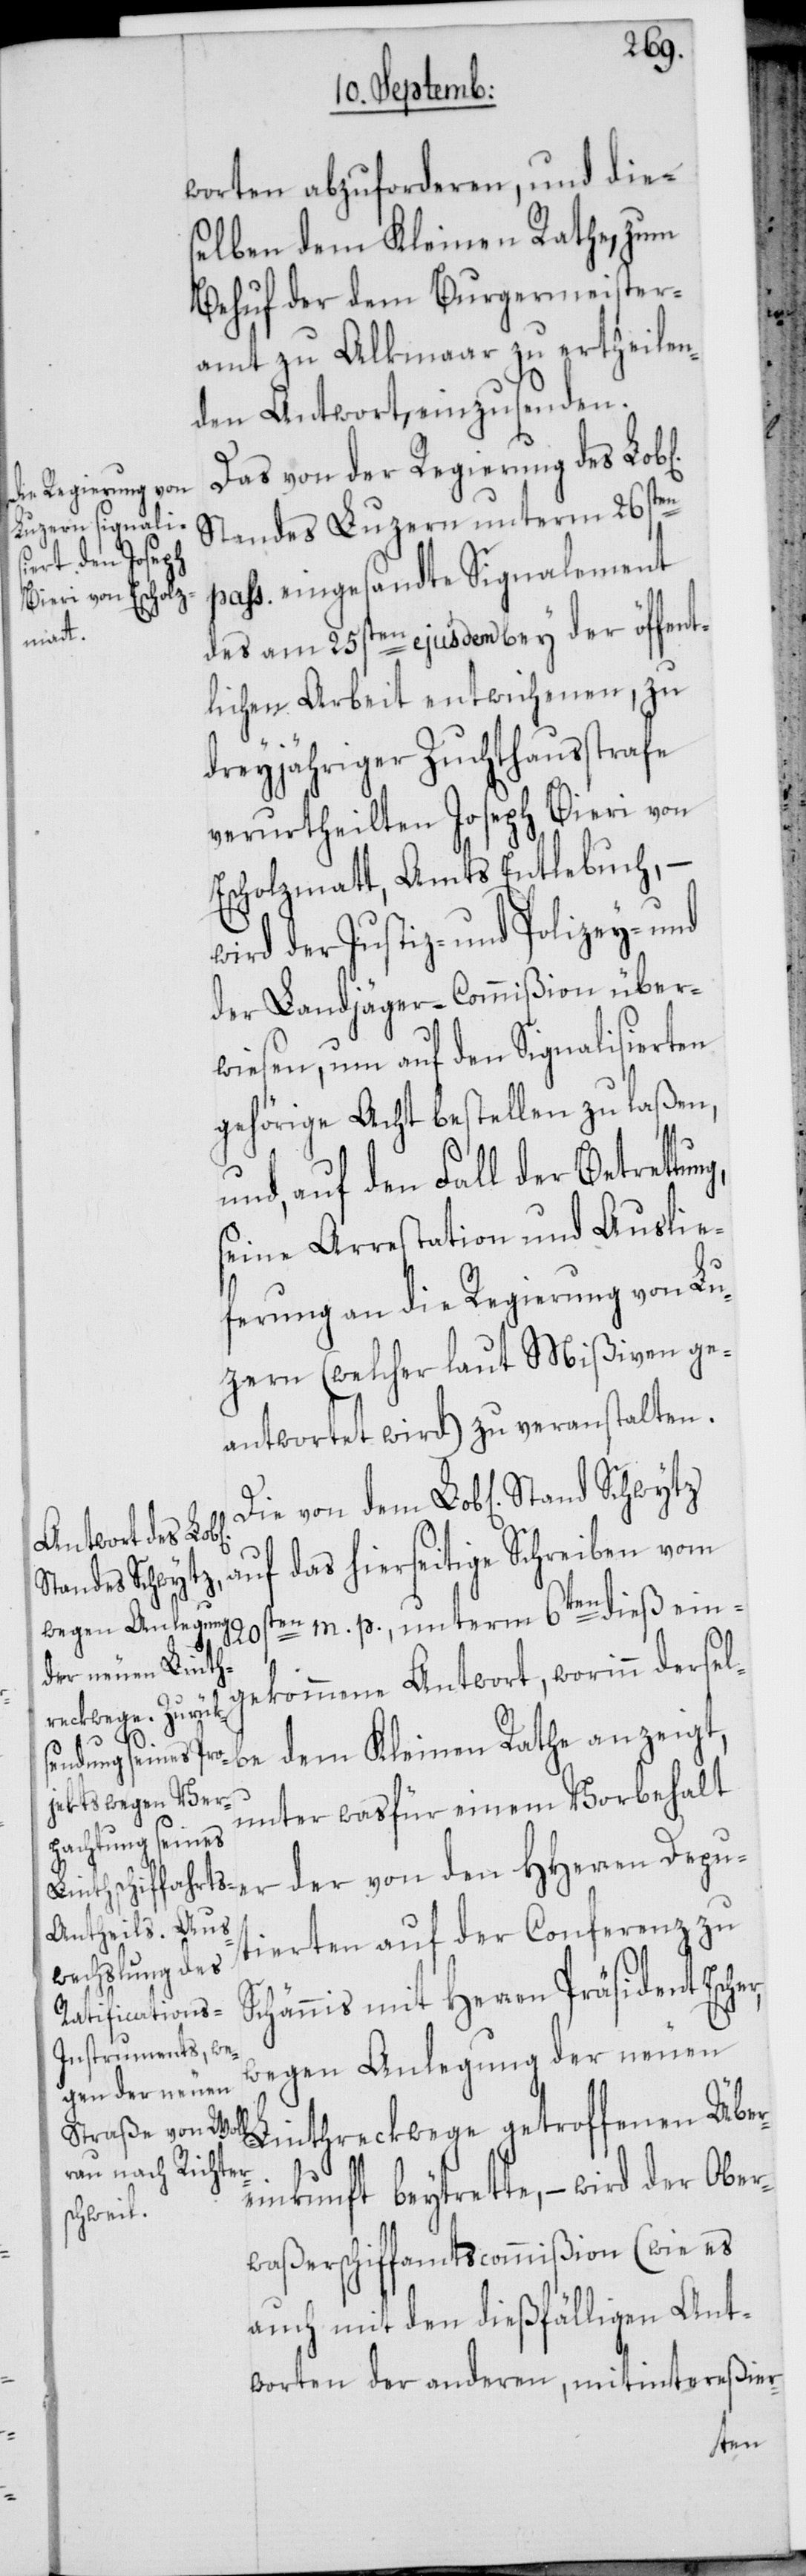
worten abzuforderen, und die¬
selben dem Kleinen Rathe, zum
Behuf der dem Burgermeister¬
amt zu Alkmaar zu ertheilen¬
den Antwort, einzusenden.
Das von der Regierung des Lob[l¬
Standes Luzern unterm 26sten
fenen Über¬
pass. eingesandte Signalement
des am 25sten ejusdem bey der öffent¬
lichen Arbeit entwichenen, zu
dreyjähriger Zuchthausstrafe
verurtheilten Joseph Bieri von
Escholzmatt, Amts Entlebuch,
wird der Justiz- und Polizey- und
der Landjäger-Commißion über¬
wiesen, um auf den Signalisierten
gehörige Acht bestellen zu laßen,
und, auf den Fall der Betrettung,
seine Arrestation und Auslie¬
ferung an die Regierung von Lu¬
zern (welcher laut Mißiven ge¬
antwortet wird) zu veranstalten.
auf das hierseitige Schreiben vom
Stand Schwytz
ten m. p., unterm 6ten dieß ein¬
wegen Anlegung
20s¬
der neuen Linth¬
gekommene Antwort, worinn dersel¬
reckwege getrof¬
be dem Kleinen Rathe anzeigt,
unter was für einem Vorbehalt
r,
der von den HHerren Depu¬
tierten auf der Conferenz zu
Schännis mit Herren Präsident Esche¬
einkunft beytrette, – wird der Ober¬
waßerschiffamtscommißion (wie es
auch mit den dießfälligen Ant¬
worten der anderen, mitintereßier-
ichen]